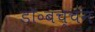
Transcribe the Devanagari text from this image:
डॉ॰बच्चन